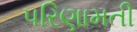
પરિણામતી